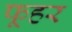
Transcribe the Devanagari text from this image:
फूहर